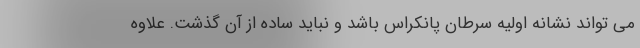
می تواند نشانه اولیه سرطان پانکراس باشد و نباید ساده از آن گذشت. علاوه